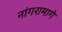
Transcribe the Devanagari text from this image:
नांगरामागे